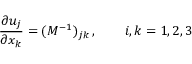
\frac { \partial u _ { j } } { \partial x _ { k } } = ( M ^ { - 1 } ) _ { j k } \, , \qquad i , k = 1 , 2 , 3